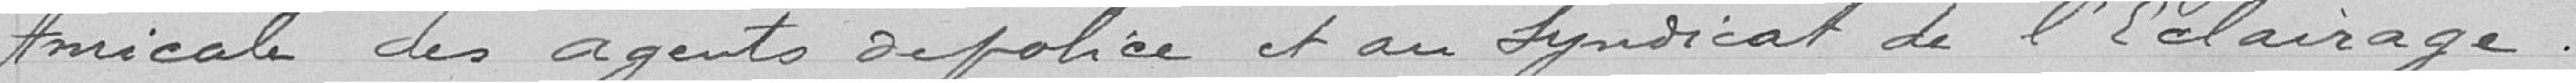
Amicale des agents de Police et au Syndicat de l'Eclairage.